Papaver somniferum - Opium : an extract from the sixth volume of the Dictionary of Economic Products of India
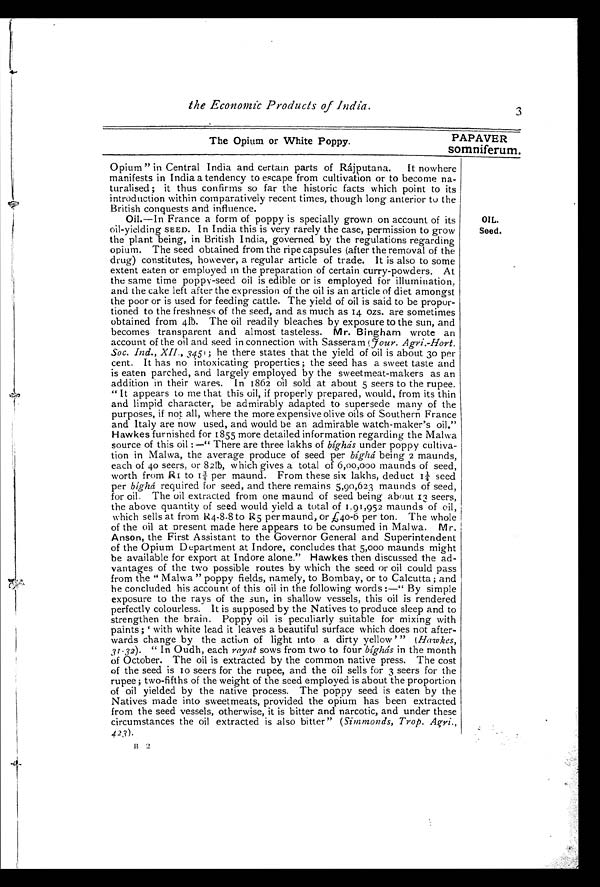
the Economic Products of India.
3
The Opium or White Poppy.
P A P A V E R s o m n i f e r u m .
Opium" in Central India and certain parts of Rájputana. It nowhere
manifests in India a tendency to escape from cultivation or to become na
-
turalised; it thus confirms so far the historic facts which point to its
introduction within comparatively recent times, though long anterior to the
British conquests and influence.
Oil.—In France a form of poppy is specially grown on account of its
oil-yielding SEED. In India this is very rarely the case, permission to grow
the plant being, in British India, governed by the regulations regarding
opium. The seed obtained from the ripe capsules (after the removal of the
drug) constitutes, however, a regular article of trade. It is also to some
extent eaten or employed in the preparation of certain curry-powders. At
the same time poppy-seed oil is edible or is employed for illumination,
and the cake left after the expression of the oil is an article of diet amongst
the poor or is used for feeding cattle. The yield of oil is said to be propor-
tioned to the freshness of the seed, and as much as 14 ozs. are sometimes
obtained from 4lb. The oil readily bleaches by exposure to the sun, and
becomes transparent and almost tasteless. Mr. Bingham wrote an
account of the oil and seed in connection with Sasseram (Four. Agri.-Hort.
Soc. Ind., XII., 345); he there states that the yield of oil is about 30 per
cent. It has no intoxicating properties; the seed has a sweet taste and
is eaten parched, and largely employed by the sweetmeat-makers as an
addition in their wares. In 1862 oil sold at about 5 seers to the rupee.
"It appears to me that this oil, if properly prepared, would, from its thin
and limpid character, be admirably adapted to supersede many of the
purposes, if not all, where the more expensive olive oils of Southern France
and Italy are now used, and would be an admirable watch-maker's oil."
Hawkes furnished for 1855 more detailed information regarding the Malwa
source of this oil:—"There are three lakhs of bíghás under poppy cultiva-
tion in Malwa, the average produce of seed per bíghá being 2 maunds,
each of 40 seers, or 82lb, which gives a total of 6,00,000 maunds of seed,
worth from R1 to 1¾ per maund. From these six lakhs, deduct 1¼ seed
per bíghá required for seed, and there remains 5,90,623 maunds of seed,
for oil. The oil extracted from one maund of seed being about 13 seers,
the above quantity of seed would yield a total of 1,91,952 maunds of oil,
which sells at from R4-8-8 to R5 per maund, or £40-6 per ton. The whole
of the oil at present made here appears to be consumed in Malwa. Mr.
Anson, the First Assistant to the Governor General and Superintendent
of the Opium Department at Indore, concludes that 5,000 maunds might
be available for export at Indore alone." Hawkes then discussed the ad-
vantages of the two possible routes by which the seed or oil could pass
from the "Malwa" poppy fields, namely, to Bombay, or to Calcutta; and
he concluded his account of this oil in the following words:—"By simple
exposure to the rays of the sun, in shallow vessels, this oil is rendered
perfectly colourless. It is supposed by the Natives to produce sleep and to
strengthen the brain. Poppy oil is peculiarly suitable for mixing with
paints; 'with white lead it leaves a beautiful surface which does not after-
wards change by the action of light into a dirty yellow'" (Hawkes,
31-32). " In Oudh, each rayat sows from two to four bíghás in the month
of October. The oil is extracted by the common native press. The cost
of the seed is 10 seers for the rupee, and the oil sells for 3 seers for the
rupee; two-fifths of the weight of the seed employed is about the proportion
of oil yielded by the native process. The poppy seed is eaten by the
Natives made into sweetmeats, provided the opium has been extracted
from the seed vessels, otherwise, it is bitter and narcotic, and under these
circumstances the oil extracted is also bitter" (S immonds, Trop. Agri.,
423).
OIL.
Seed.